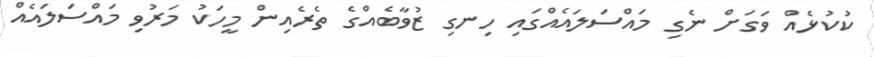
ކުކުޅެއް ވަގަށް ނެގި މައްސަލައެއްގައި ހިނގި ޒުވާބެއްގެ ތެރެއިން މީހަކު މަރުވި މައްސަލައެއް